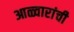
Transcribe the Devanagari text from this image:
आळ्वारांची